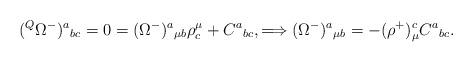
LaTeX: \begin{align*}({}^Q\Omega^-)^a{}_{bc}=0=(\Omega^-)^a{}_{\mu b}\rho^\mu_c+C^a{}_{bc},\Longrightarrow(\Omega^-)^a{}_{\mu b}=-(\rho^+)^c_\mu C^a{}_{bc}.\end{align*}